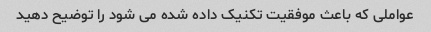
عواملی که باعث موفقیت تکنیک داده شده می شود را توضیح دهید